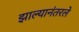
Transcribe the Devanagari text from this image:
झाल्यानंतरले